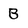
Character: B